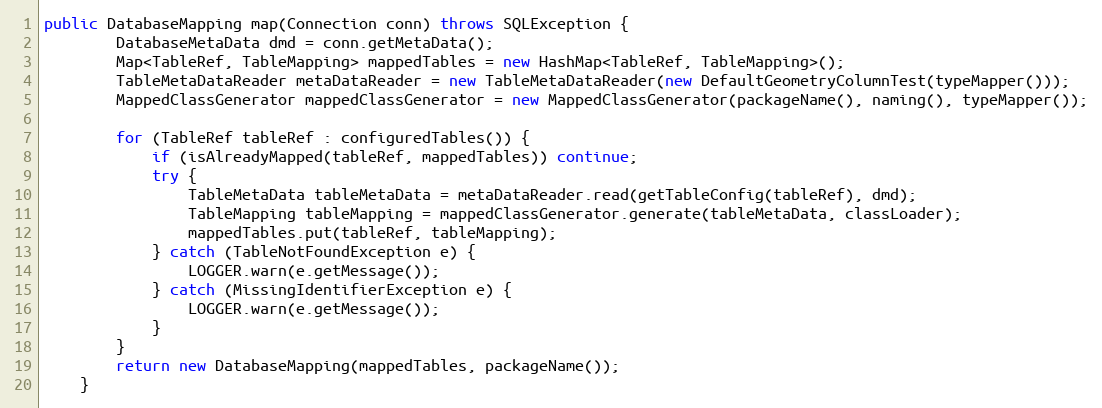
Language: Java
public DatabaseMapping map(Connection conn) throws SQLException {
        DatabaseMetaData dmd = conn.getMetaData();
        Map<TableRef, TableMapping> mappedTables = new HashMap<TableRef, TableMapping>();
        TableMetaDataReader metaDataReader = new TableMetaDataReader(new DefaultGeometryColumnTest(typeMapper()));
        MappedClassGenerator mappedClassGenerator = new MappedClassGenerator(packageName(), naming(), typeMapper());

        for (TableRef tableRef : configuredTables()) {
            if (isAlreadyMapped(tableRef, mappedTables)) continue;
            try {
                TableMetaData tableMetaData = metaDataReader.read(getTableConfig(tableRef), dmd);
                TableMapping tableMapping = mappedClassGenerator.generate(tableMetaData, classLoader);
                mappedTables.put(tableRef, tableMapping);
            } catch (TableNotFoundException e) {
                LOGGER.warn(e.getMessage());
            } catch (MissingIdentifierException e) {
                LOGGER.warn(e.getMessage());
            }
        }
        return new DatabaseMapping(mappedTables, packageName());
    }